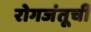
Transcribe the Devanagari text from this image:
रोगजंतूची